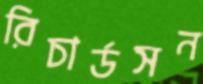
রিচার্ডসন